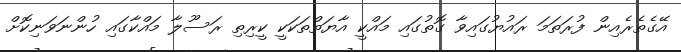
އޭގެތެރެއިން ފުރަތަމަ ރައުޔުގައިވާ ގޮތުގައި މައްކީ އާޔަތްތަކަކީ ކީރިތި ރަސޫލާ މައްކާގައި ހުންނަވަނިކޮށް